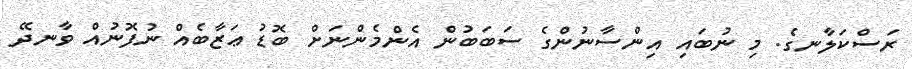
ރަސްކަލާނގެ. މި ނުބައި އިންސާނުންގެ ސަބަބުން އެންމެންނަށް ބޮޑު ޢަޒާބެއް ނުފޮނުއް ވާނދޭ